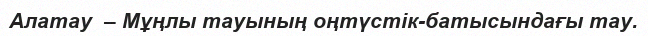
Алатау  – Мұңлы тауының оңтүстік-батысындағы тау.